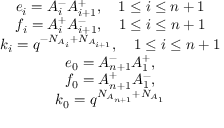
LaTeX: \begin{array} { c } { { e _ { i } = A _ { i } ^ { - } A _ { i + 1 } ^ { + } , ~ ~ ~ 1 \le i \le n + 1 } } \\ { { f _ { i } = A _ { i } ^ { + } A _ { i + 1 } ^ { - } , ~ ~ ~ 1 \le i \le n + 1 } } \\ { { k _ { i } = q ^ { - N _ { A _ { i } } + N _ { A _ { i + 1 } } } , ~ ~ ~ 1 \le i \le n + 1 } } \\ { { e _ { 0 } = A _ { n + 1 } ^ { - } A _ { 1 } ^ { + } , } } \\ { { f _ { 0 } = A _ { n + 1 } ^ { + } A _ { 1 } ^ { - } , } } \\ { { k _ { 0 } = q ^ { N _ { A _ { n + 1 } } + N _ { A _ { 1 } } } } } \end{array}